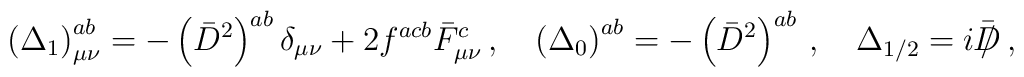
\left(\Delta_1\right)^{ab}_{\mu\nu}=-\left(\bar{D}^2\right)^{ab}\delta_{\mu\nu}      +2f^{acb}\bar{F}^c_{\mu\nu}\,,\quad   \left(\Delta_0\right)^{ab}=-\left(\bar{D}^2\right)^{ab}\,,\quad   \Delta_{1/2}=i\bar{\,/\hspace{-0.29cm}D}\,,